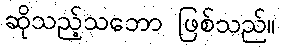
ဆိုသည့်သဘော ဖြစ်သည်။